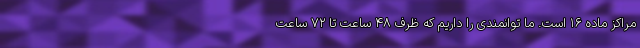
مراکز ماده ۱۶ است. ما توانمندی را داریم که ظرف ۴۸ ساعت تا ۷۲ ساعت